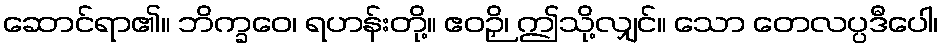
ဆောင်ရာ၏။ ဘိက္ခဝေ၊ ရဟန်းတို့။ ဧဝဉှိ၊ ဤသို့လျှင်။ သော တေလပ္ပဒီပေါ၊